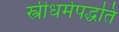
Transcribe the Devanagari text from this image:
स्त्रीधर्मपद्धति